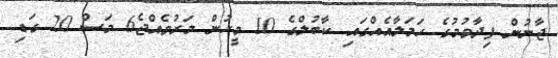
ޖާނުން ފިދާވުމުގެ ހަމަލާއެއްގައި ކާބުލްގެ 10 މީހުން މަރުވެއްޖެ6 މަސް 20 ގަޑި